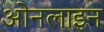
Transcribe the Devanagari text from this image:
ओनलाइन